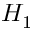
H _ { 1 }